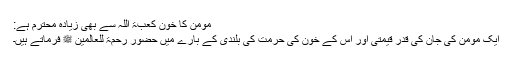
مومن کا خون کعبۃ اللہ سے بھی زیادہ محترم ہے:
ایک مومن کی جان کی قدر قیمتی اور اس کے خون کی حرمت کی بلندی کے بارے میں حضور رحمۃ للعالمین ﷺ فرماتے ہیں۔